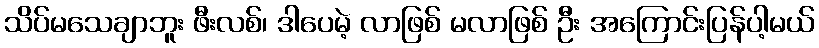
သိပ်မသေချာဘူး ဖီးလစ်၊ ဒါပေမဲ့ လာဖြစ် မလာဖြစ် ဦး အကြောင်းပြန်ပါ့မယ်